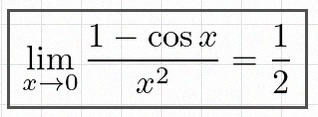
\lim_{x\to0}\frac{1-\cos x}{x^2}=\frac12